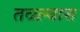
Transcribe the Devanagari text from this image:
तळ्ल्यास